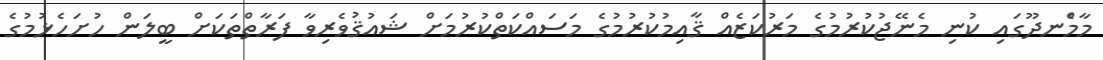
މާމެްނދޫގައި ކުނި މެނޭޖުކުރުމުގެ މަރުކަޒެއް ޤާއިމުކުރުމުގެ މަސައްކަތްކުރުމަށް ޝައުޤުވެރިވާ ފަރާތްތަކަށް ބީލަން ހުށަހެޅުމުގެ